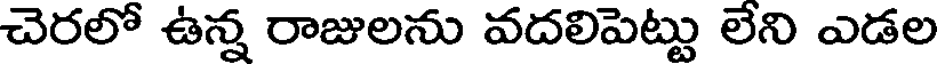
చెరలో ఉన్న రాజులను వదలిపెట్టు లేని ఎడల